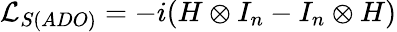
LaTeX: {\mathcal{L}_{S(ADO)}}=-i(H\otimes{{I}_{n}}-{{I}_{n}}\otimes H)